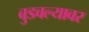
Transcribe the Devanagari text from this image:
बुडवल्यावर